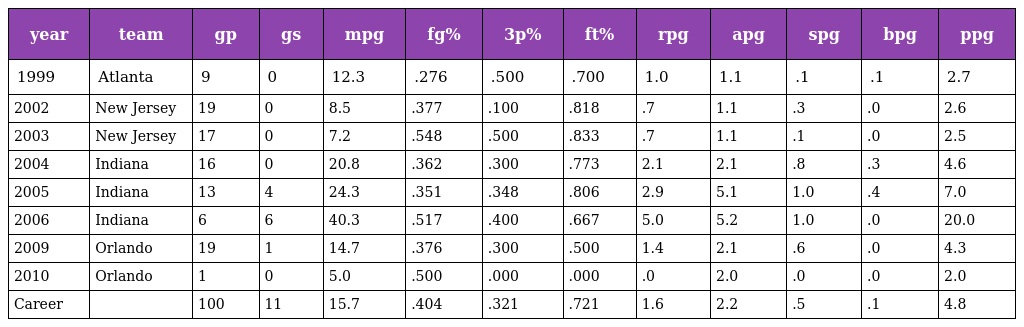
| year | team | gp | gs | mpg | fg% | 3p% | ft% | rpg | apg | spg | bpg | ppg |
 | --- | --- | --- | --- | --- | --- | --- | --- | --- | --- | --- | --- | --- |
 | 1999 | Atlanta | 9 | 0 | 12.3 | .276 | .500 | .700 | 1.0 | 1.1 | .1 | .1 | 2.7 |
 | 2002 | New Jersey | 19 | 0 | 8.5 | .377 | .100 | .818 | .7 | 1.1 | .3 | .0 | 2.6 |
 | 2003 | New Jersey | 17 | 0 | 7.2 | .548 | .500 | .833 | .7 | 1.1 | .1 | .0 | 2.5 |
 | 2004 | Indiana | 16 | 0 | 20.8 | .362 | .300 | .773 | 2.1 | 2.1 | .8 | .3 | 4.6 |
 | 2005 | Indiana | 13 | 4 | 24.3 | .351 | .348 | .806 | 2.9 | 5.1 | 1.0 | .4 | 7.0 |
 | 2006 | Indiana | 6 | 6 | 40.3 | .517 | .400 | .667 | 5.0 | 5.2 | 1.0 | .0 | 20.0 |
 | 2009 | Orlando | 19 | 1 | 14.7 | .376 | .300 | .500 | 1.4 | 2.1 | .6 | .0 | 4.3 |
 | 2010 | Orlando | 1 | 0 | 5.0 | .500 | .000 | .000 | .0 | 2.0 | .0 | .0 | 2.0 |
 | Career |  | 100 | 11 | 15.7 | .404 | .321 | .721 | 1.6 | 2.2 | .5 | .1 | 4.8 |